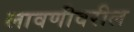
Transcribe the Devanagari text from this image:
लावणीवरील